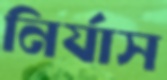
নির্যাস